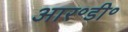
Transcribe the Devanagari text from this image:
आर॰डी॰